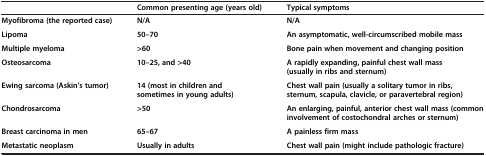
<table><thead><tr><td><b> </b></td><td><b>Common presenting age (years old)</b></td><td><b>Typical symptoms</b></td></tr></thead><tbody><tr><td><b>Myofibroma (the reported case)</b></td><td><b>N/A</b></td><td><b>N/A</b></td></tr><tr><td><b>Lipoma</b></td><td><b>50–70</b></td><td><b>An asymptomatic, well-circumscribed mobile mass</b></td></tr><tr><td><b>Multiple myeloma</b></td><td><b>&gt;60</b></td><td><b>Bone pain when movement and changing position</b></td></tr><tr><td><b>Osteosarcoma</b></td><td><b>10–25, and &gt;40</b></td><td><b>A rapidly expanding, painful chest wall mass (usually in ribs and sternum)</b></td></tr><tr><td><b>Ewing sarcoma (Askin’s tumor)</b></td><td><b>14 (most in children and sometimes in young adults)</b></td><td><b>Chest wall pain (usually a solitary tumor in ribs, sternum, scapula, clavicle, or paravertebral region)</b></td></tr><tr><td><b>Chondrosarcoma</b></td><td><b>&gt;50</b></td><td><b>An enlarging, painful, anterior chest wall mass (common involvement of costochondral arches or sternum)</b></td></tr><tr><td><b>Breast carcinoma in men</b></td><td><b>65–67</b></td><td><b>A painless firm mass</b></td></tr><tr><td><b>Metastatic neoplasm</b></td><td><b>Usually in adults</b></td><td><b>Chest wall pain (might include pathologic fracture)</b></td></tr></tbody></table>